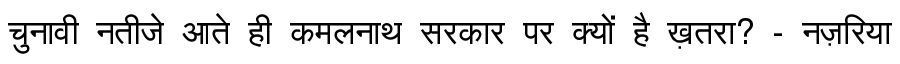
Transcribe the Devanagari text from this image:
चुनावी नतीजे आते ही कमलनाथ सरकार पर क्यों है ख़तरा? - नज़रिया